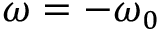
\omega = - \omega _ { 0 }